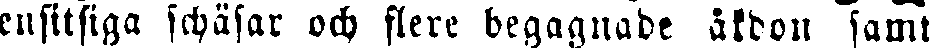
ensitsiga schäfar och flere begagnade åkdon samt